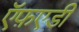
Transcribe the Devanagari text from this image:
ऍफ़एडी